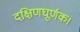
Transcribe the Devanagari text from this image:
दक्षिणघूर्णक।